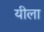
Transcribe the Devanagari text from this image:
यीला